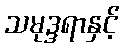
သမုဒ္ဒရာနှင့်